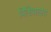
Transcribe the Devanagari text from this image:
विश्विधालय